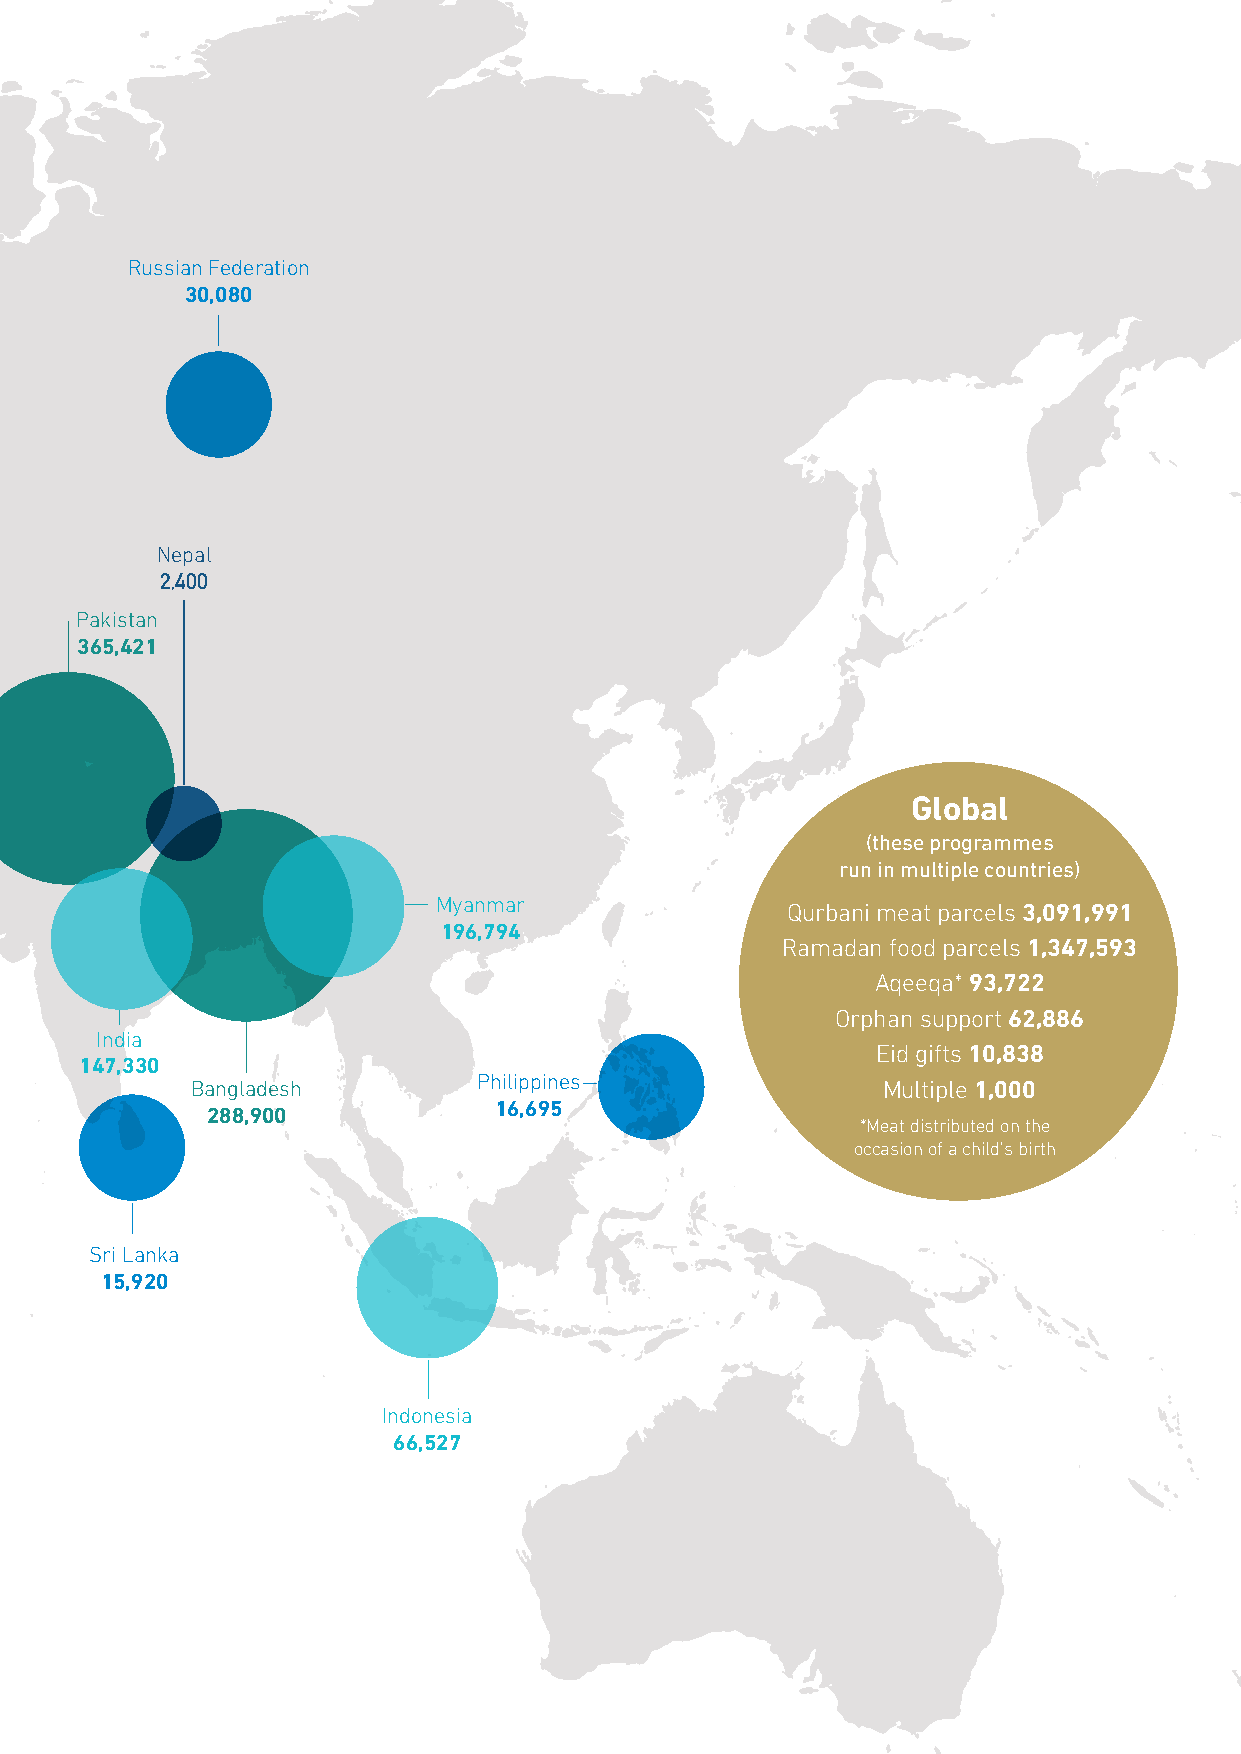
Russian Federation
 30,080
 Nepal
 2,400
 Pakistan
 365,421
 Global
 (these programmes
 run in multiple countries)
 Myanmar
 Qurbani meat parcels 3,091,991
 196,794
 Ramadan food parcels 1,347,593
 Aqeeqa* 93,722
 Orphan support 62,886
 India
 Eid gifts 10,838
 147,330
 Philippines
 Bangladesh                                   Multiple 1,000
 16,695
 288,900
 *Meat distributed on the
 occasion of a child's birth
 Sri Lanka
 15,920
 Indonesia
 66,527